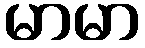
မာမာ